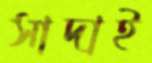
সাদাই